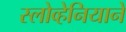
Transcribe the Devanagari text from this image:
स्लोव्हेनियाने